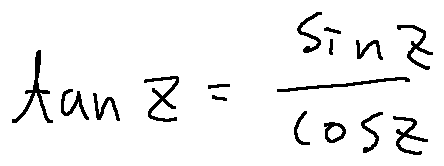
\tan z = \frac { \sin z } { \cos z }